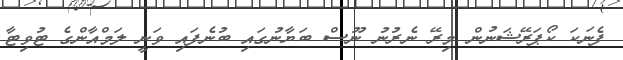
ފެނަކަ ކޯޕަރޭޝަނުން މިރޭ ނެރުނު ނޫސް ބަޔާނުގައި ބުނެފައި ވަނީ ލަމްއާންގެ ޓުވިޓާ